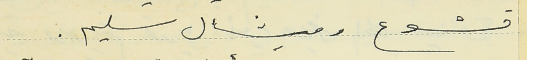
قشوع وميشال سليم.